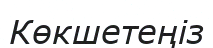
Көкшетеңіз